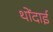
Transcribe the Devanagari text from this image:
थोंदाई